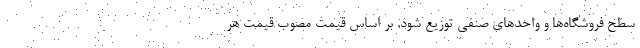
سطح فروشگاه‌ها و واحدهای صنفی توزیع شود. بر اساس قیمت مصوب قیمت هر